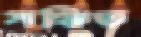
সঞ্চিত